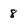
Character: 8